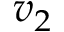
v _ { 2 }